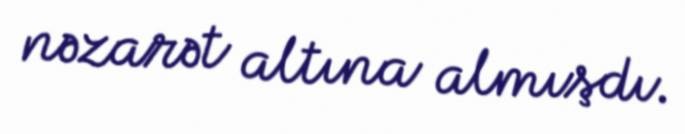
nəzarət altına almışdı.